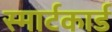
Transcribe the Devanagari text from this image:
स्मार्टकार्ड